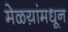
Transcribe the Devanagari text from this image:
मेळय़ांमधून